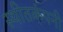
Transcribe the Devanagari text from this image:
स्थीतकंपनी